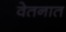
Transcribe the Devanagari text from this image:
वेतनात